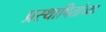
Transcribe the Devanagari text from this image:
प्रस्थापितांच्या